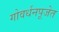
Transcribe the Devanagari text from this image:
गोवर्धनपूजेत